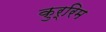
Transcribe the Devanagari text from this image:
कुर्रिम